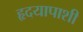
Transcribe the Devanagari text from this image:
हृदयापाशी